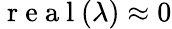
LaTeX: \mathrm{~r~e~a~l~}(\lambda)\approx 0